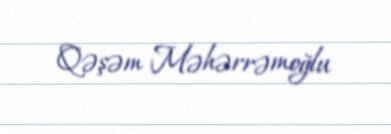
Qəşəm Məhərrəmoğlu